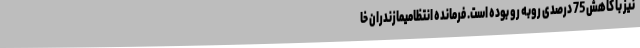
نیز با کاهش 75 درصدی روبه رو بوده است. فرمانده انتظامیمازندران خا